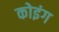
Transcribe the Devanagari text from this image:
कोइंग